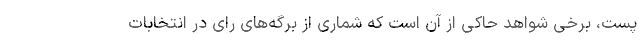
پست، برخی شواهد حاکی از آن است که شماری از برگه‌های رای در انتخابات